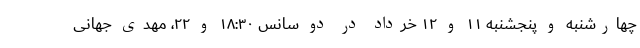
چهارشنبه و پنجشنبه ۱۱ و ۱۲ خرداد در دو سانس ۱۸:۳۰ و ۲۲، مهدی جهانی